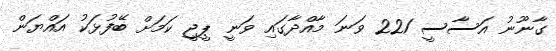
ގާނޫނު އަސާސީ 221 ވަނަ މާއްދާގައި ވަނީ ޕީޖީ ކަމަށް ބޭފުޅަކު އައްޔަން